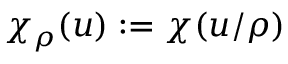
\chi _ { \rho } ( u ) : = \chi ( u / \rho )